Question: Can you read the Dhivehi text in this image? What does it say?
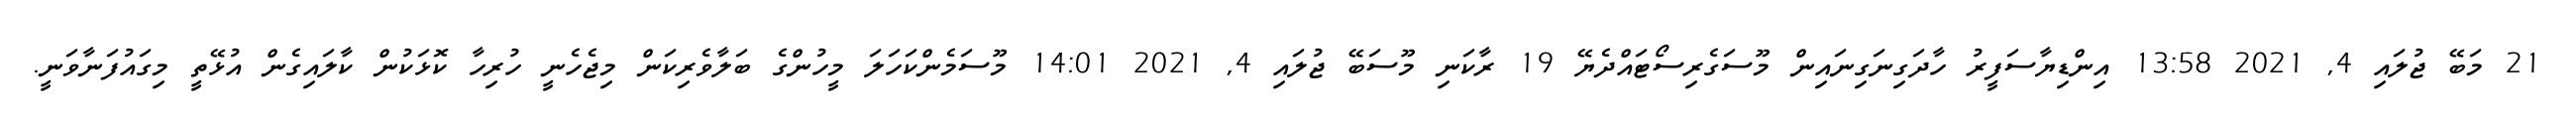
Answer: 21 މަބޭ ޖުލައި 4, 2021 13:58 އިންޑިޔާސަފީރު ހާދަގިނަގިނައިން މޫސަގެރިސޯޓައްދެޔޭ 19 ރާކަނި މޫސަބޭ ޖުލައި 4, 2021 14:01 މޫސަމެންކަހަލަ މީހުންގެ ބަލާވެރިކަން މިޖެހެނީ ހުރިހާ ކޮޅަކުން ކާލައިގެން އުޅޭތީ މިގައުފަނާވަނީ.